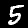
Label: 5